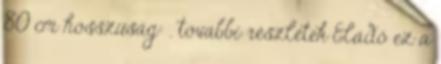
80 cm hosszúság: . további részletek Eladó ez a